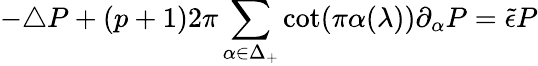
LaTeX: -\triangle P+(p+1)2\pi\sum_{\alpha\in\Delta_{+}}\cot(\pi\alpha(\lambda))\partial_{\alpha}P=\tilde{\epsilon}P